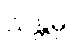
သန္တမ္ပိ